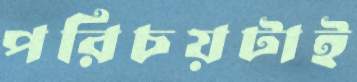
পরিচয়টাই